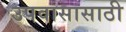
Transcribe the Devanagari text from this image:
उपवासासाठी